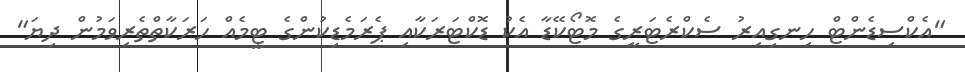
"އެކްސިޑެންޓް ހިނގިއިރު ސެކްރެޓަރީގެ މޮޓޯކޭޑާ އެކު ޑޮކްޓަރަކާއި ޕެރަމެޑިކުންގެ ޓީމެއް ހަރަކާތްތެރިވަމުން ދިޔަ"